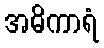
အဓိကာရံ